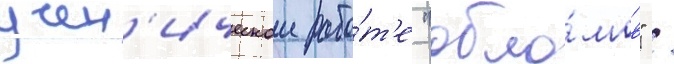
учен'ическои рабо́т'е "обло́мов" /